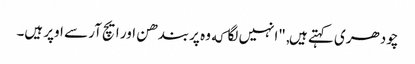
چودھری کہتے ہیں, "انہیں لگا که وہ پربندھن اور ایچ آر سے اوپر ہیں۔